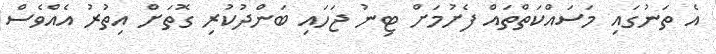
އެ ތަނުގައި މަސައްކަތްތައް ފެށުމަށް ޓިނު ޖަހައި ބަންދުކުރި ގޮތަށް އިތުރު އެއްވެސް